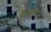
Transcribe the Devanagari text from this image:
श्लक्ष्ण